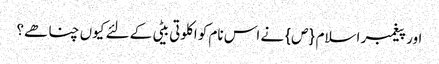
اور پیغمبر اسلام {ص} نے اس نام کو اکلوتی بیٹی کے لئے کیوں چنا ھے؟